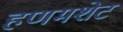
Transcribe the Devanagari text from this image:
हणमशेट